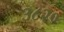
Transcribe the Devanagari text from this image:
३८२०